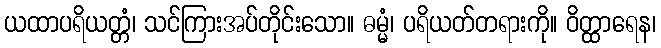
ယထာပရိယတ္တံ၊ သင်ကြားအပ်တိုင်းသော။ ဓမ္မံ၊ ပရိယတ်တရားကို။ ဝိတ္ထာရေန၊